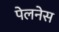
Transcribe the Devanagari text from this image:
पेलनेस